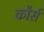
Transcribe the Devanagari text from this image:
कौर्स